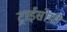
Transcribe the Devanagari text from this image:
ट्राईसोमी